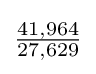
{\tfrac {41,964}{27,629}}